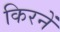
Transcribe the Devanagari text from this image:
किरनें